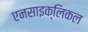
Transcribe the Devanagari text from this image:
एनसाइक्लिकल